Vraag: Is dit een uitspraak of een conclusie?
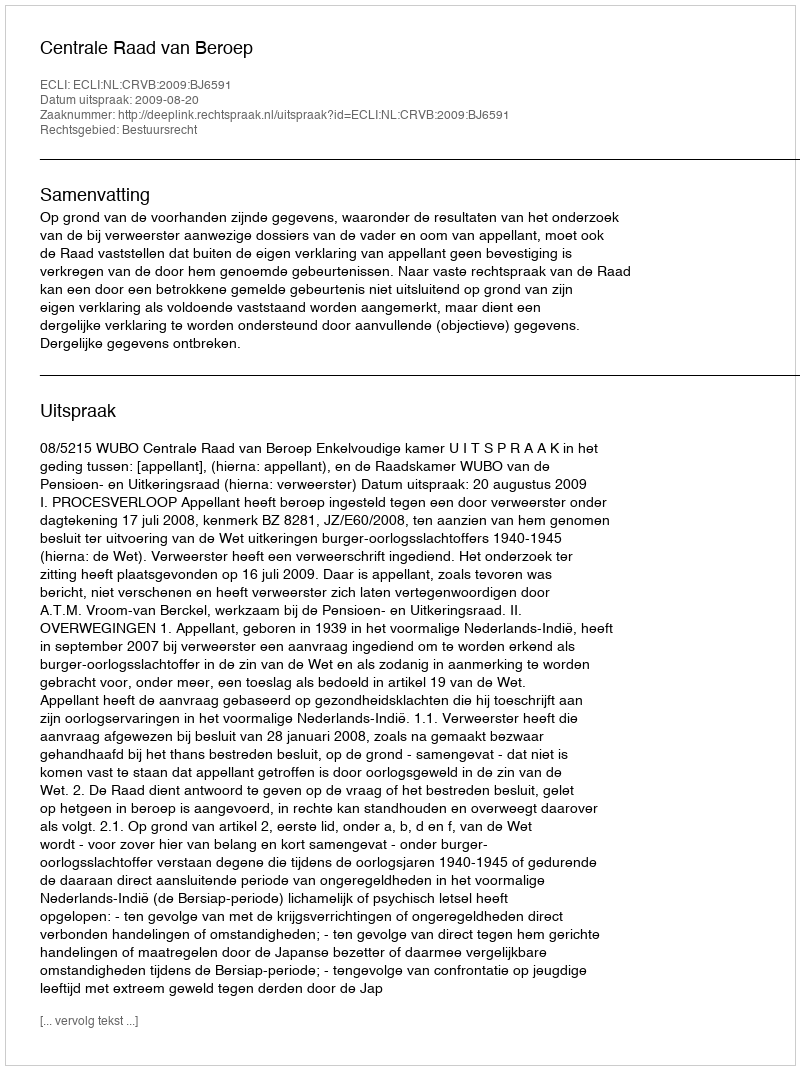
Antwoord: Uitspraak